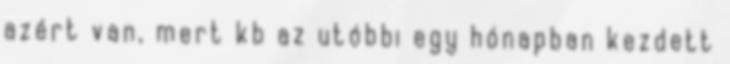
azért van, mert kb az utóbbi egy hónapban kezdett